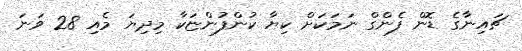
ޗައިނާގެ ޑޮން ފެންގް ނަމަކަށް ކިޔާ ކުންފުންޏަކާ މިދިޔަ މެއި 28 ވަނަ